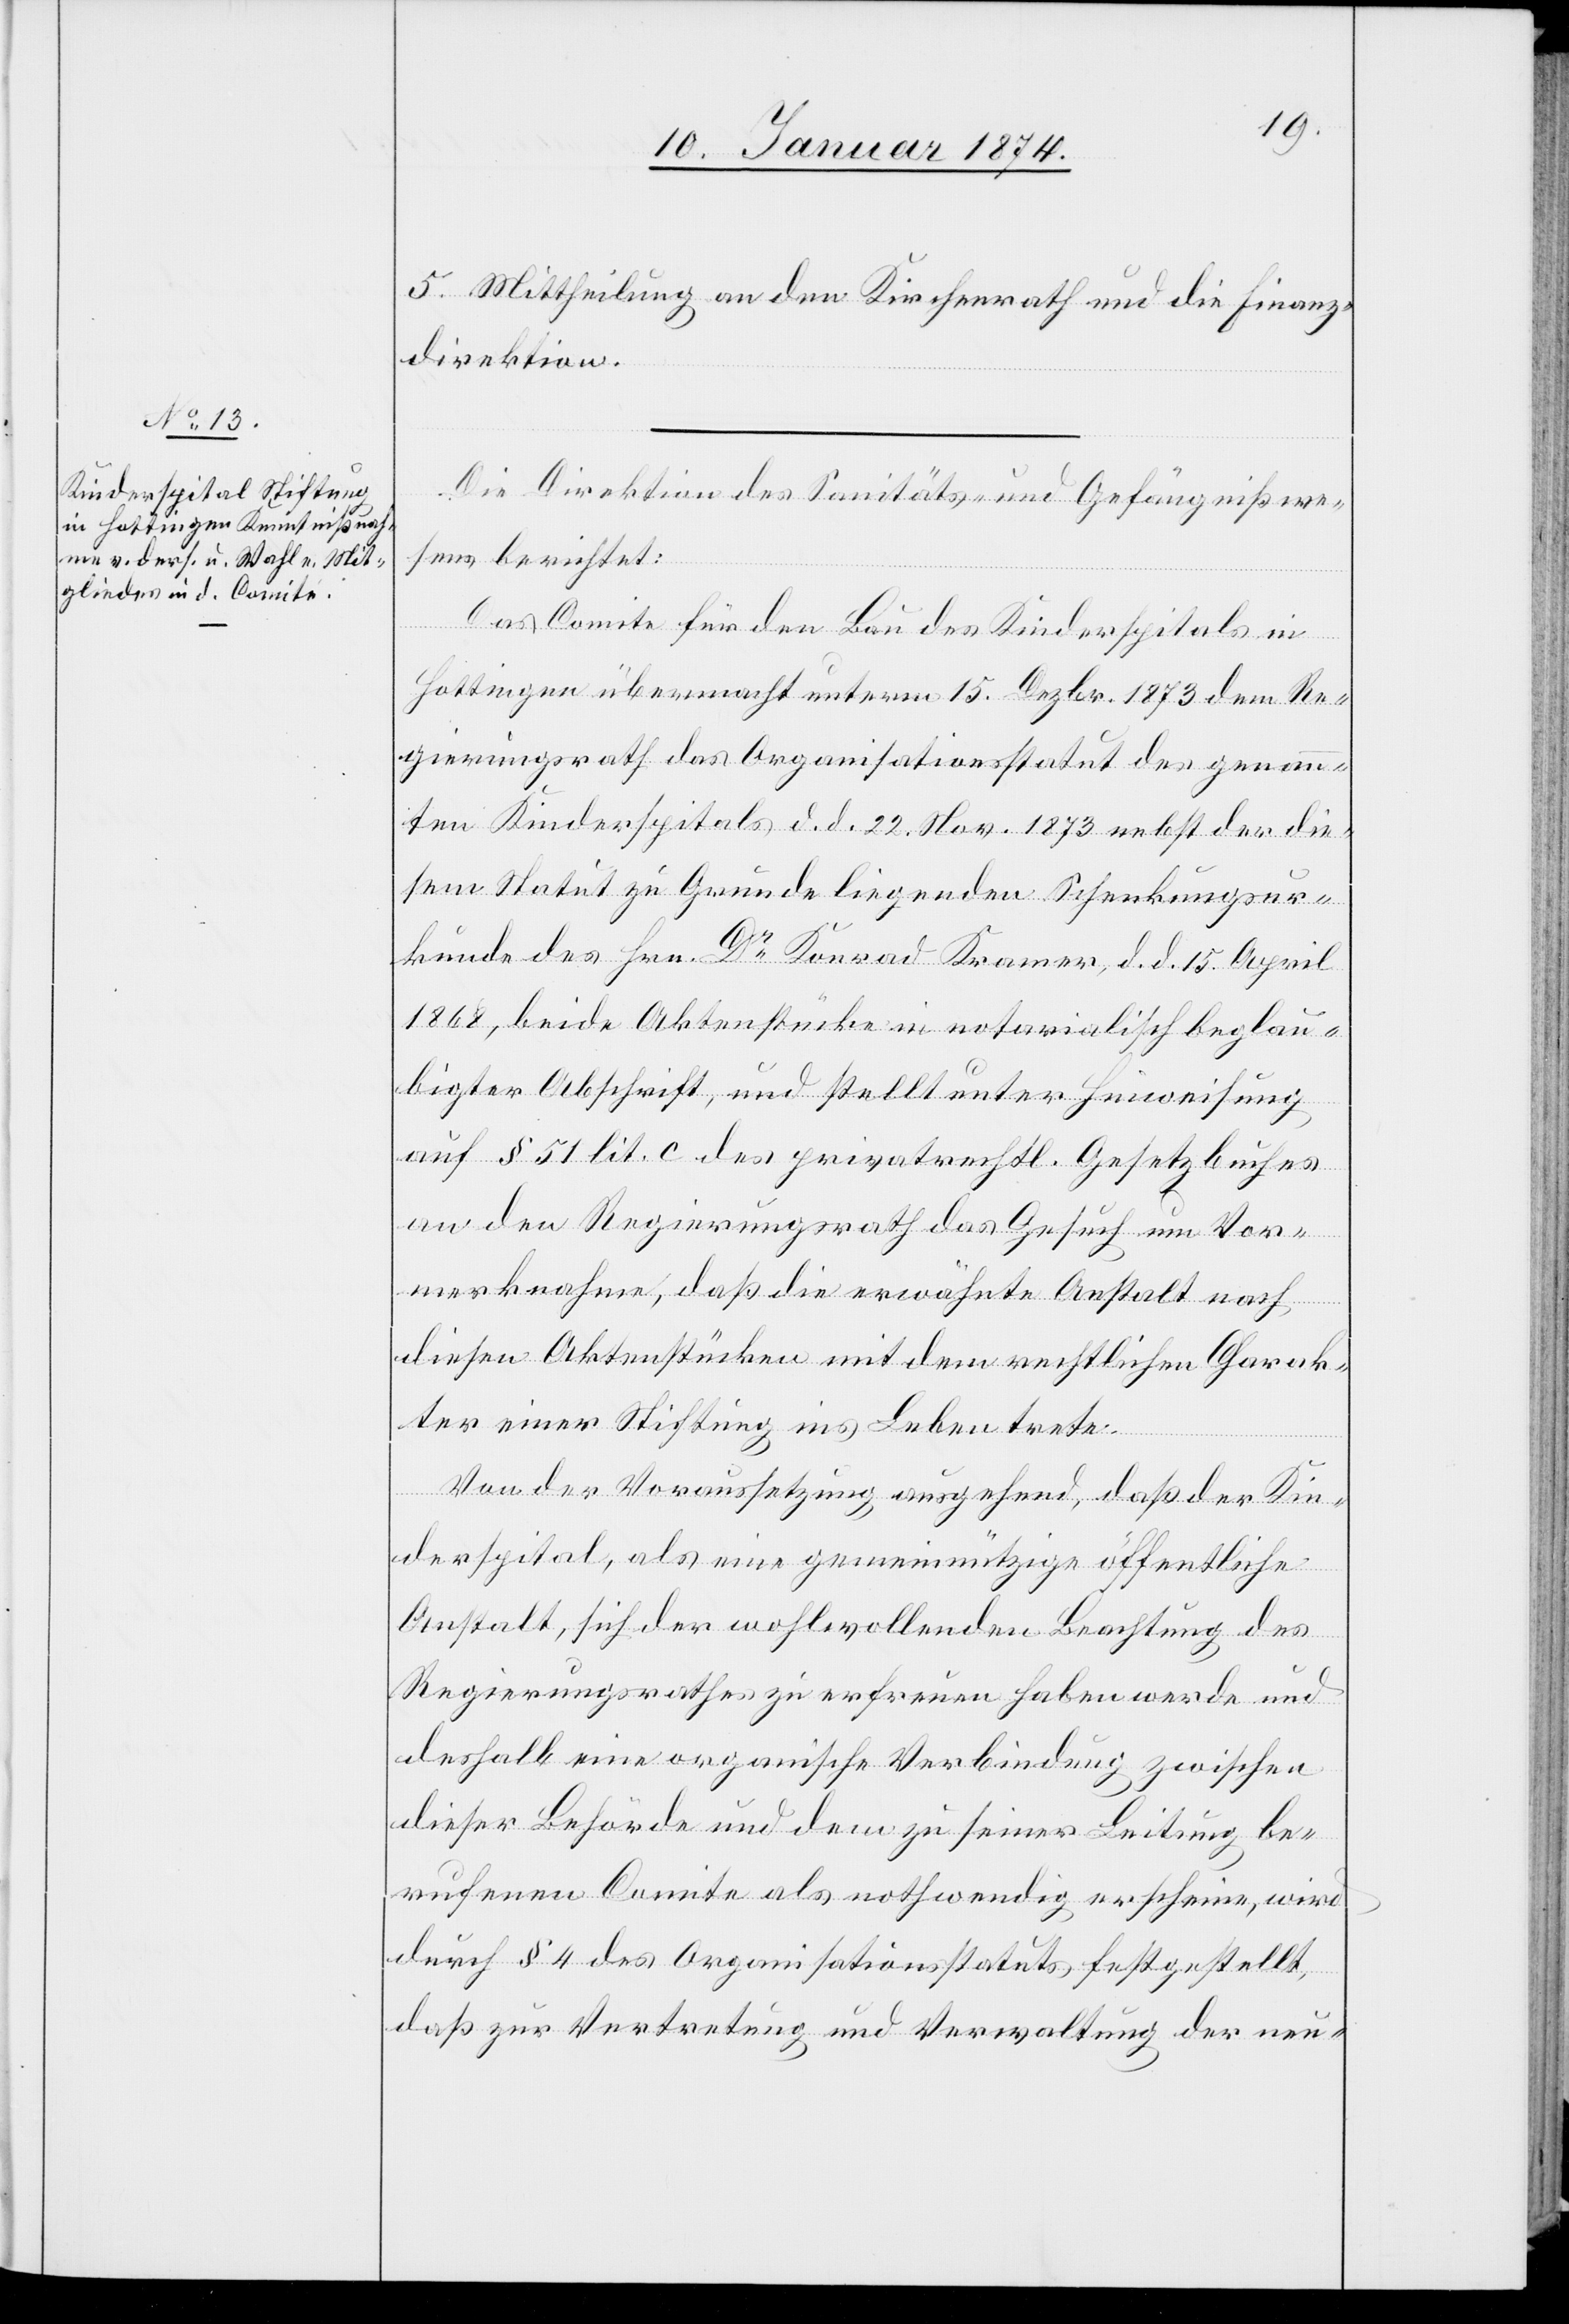
5. Mittheilung an den Kirchenrath und die Finanz¬
direktion.
Die Direktion des Sanitäts- und Gefängnißwe¬
sens berichtet:
Das Comite für den Bau des Kinderspitals in
Hottingen übermacht unterm 15. Dezbr. 1873 dem Re¬
gierungsrath das Organisationsstatut des genann¬
ten Kinderspitals d. d. 22. Nov. 1873 nebst der die¬
sem Statut zu Grunde liegenden Schenkungsur¬
kunde des Hrn. Dr Konrad Kramer, d. d. 15. April
1868, beide Aktenstücke in notarialisch beglau¬
bigter Abschrift, und stellt unter Hinweisung
auf § 51 lit. c des privatrechtl. Gesetzbuches
an den Regierungsrath das Gesuch um Vor¬
merknahme, daß die erwähnte Anstalt nach
diesen Aktenstücken mit dem rechtlichen Charak¬
ter einer Stiftung ins Leben trete.
Von der Voraussetzung, ausgehend, daß der Kin¬
derspital, als eine gemeinnützige öffentliche
Anstalt, sich der wohlwollenden Beachtung des
Regierungsrathes zu erfreuen haben werde und
deshalb eine organische Verbindung zwischen
dieser Behörde und dem zu seiner Leitung be¬
rufenen Comite als nothwendig erscheine, wird
durch § 4 des Organisationsstatus festgestellt,
daß zur Vertretung und Verwaltung der neu-